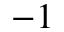
^ { - 1 }